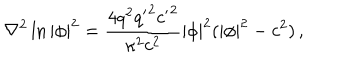
\nabla ^ { 2 } \ln | \phi | ^ { 2 } = \frac { 4 q ^ { 2 } { q ^ { \prime } } ^ { 2 } { c ^ { \prime } } ^ { 2 } } { \kappa ^ { 2 } c ^ { 2 } } | \phi | ^ { 2 } ( | \phi | ^ { 2 } - c ^ { 2 } ) \, ,